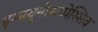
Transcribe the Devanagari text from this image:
इम्मयूनोसप्पेस्सिव